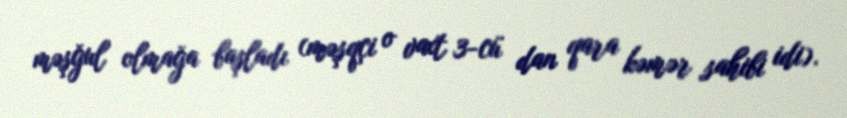
məşğul olmağa başladı (məşqçi o vaxt 3-cü dan qara kəmər sahibi idi).